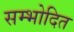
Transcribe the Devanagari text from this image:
सम्भोदित